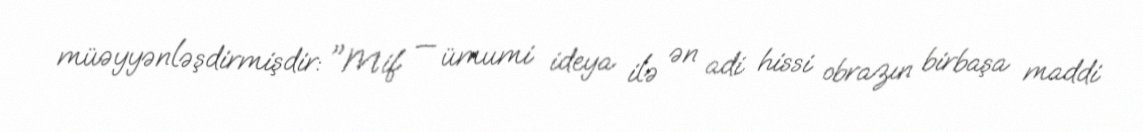
müəyyənləşdirmişdir: "Mif — ümumi ideya ilə ən adi hissi obrazın birbaşa maddi